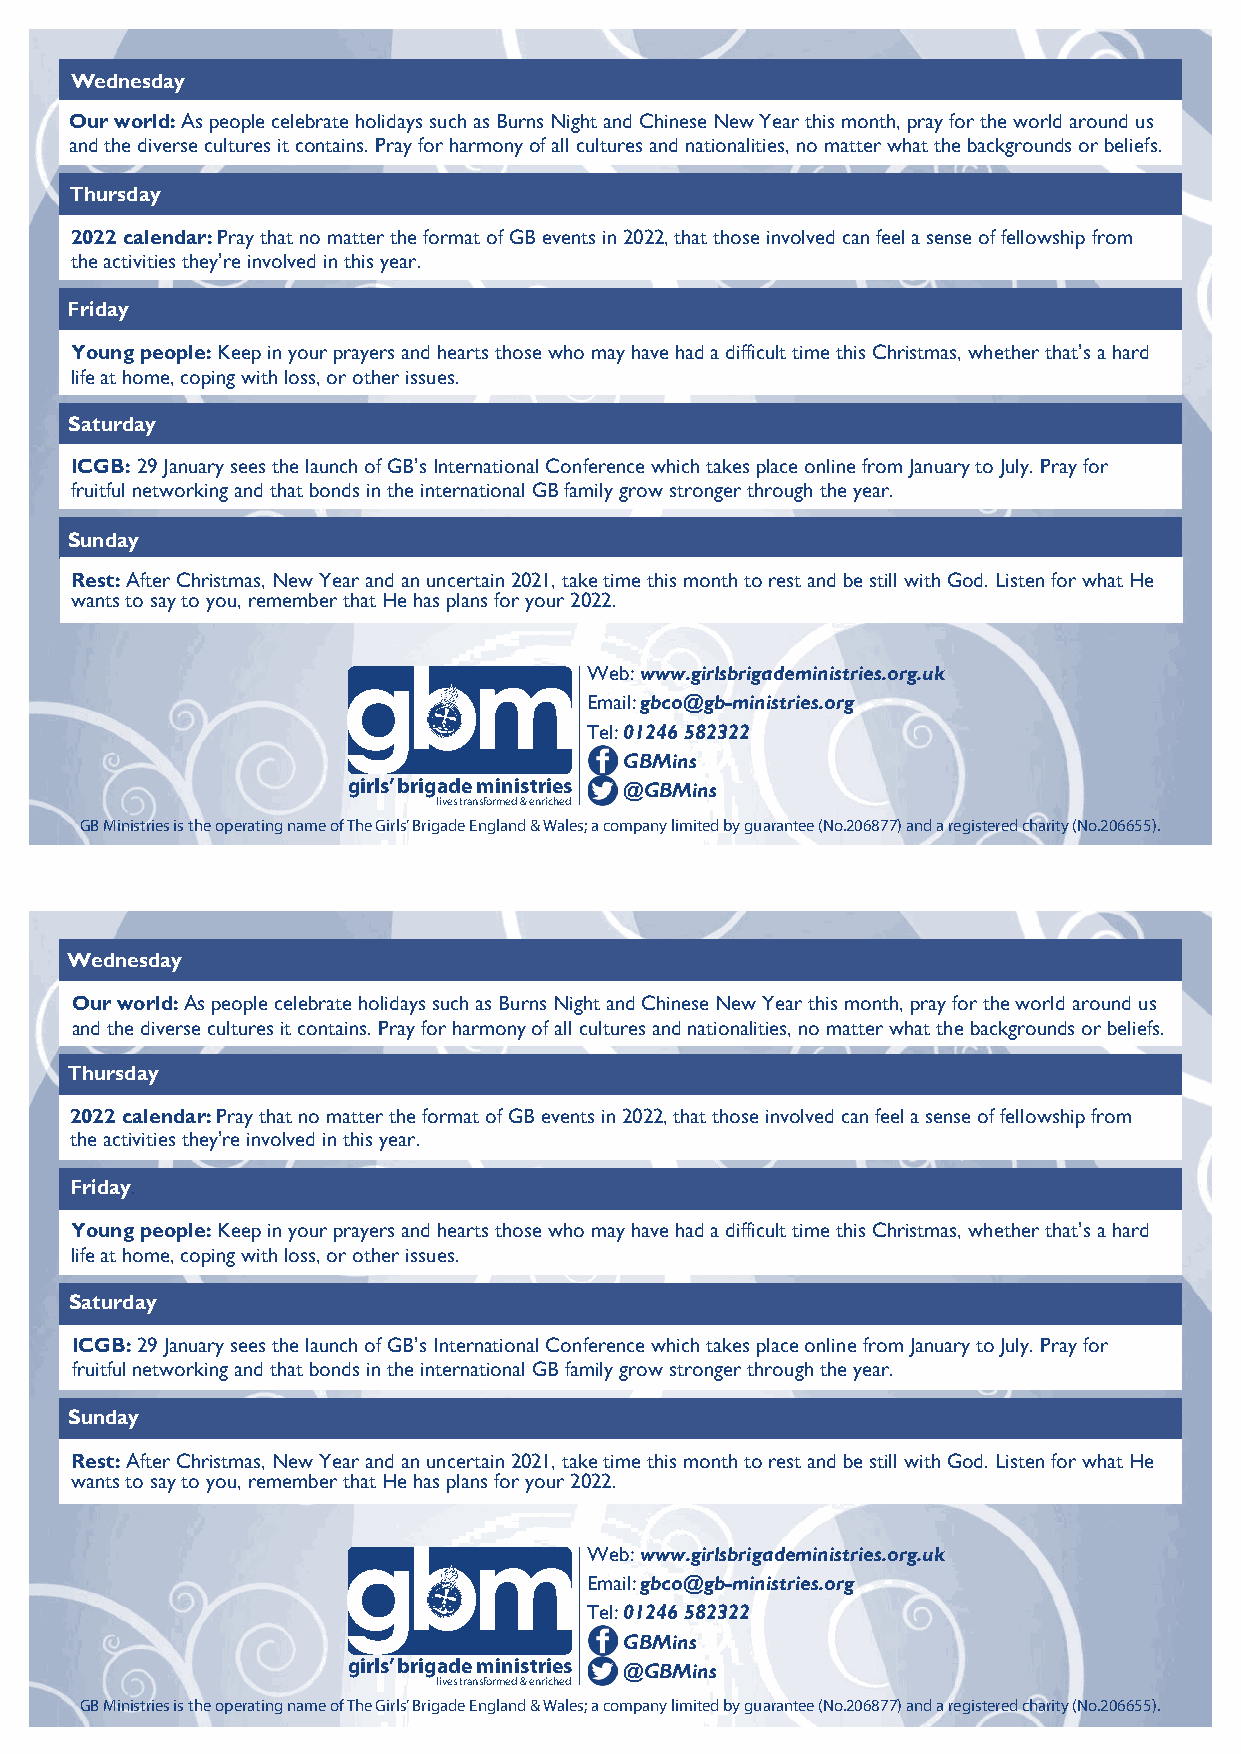
Wednesday
 Our world: As people celebrate holidays such as Burns Night and Chinese New Year this month, pray for the world around us
 and the diverse cultures it contains. Pray for harmony of all cultures and nationalities, no matter what the backgrounds or beliefs.
 Thursday
 2022 calendar: Pray that no matter the format of GB events in 2022, that those involved can feel a sense of fellowship from
 the activities they’re involved in this year.
 Friday
 Young people: Keep in your prayers and hearts those who may have had a difficult time this Christmas, whether that’s a hard
 life at home, coping with loss, or other issues.
 Saturday
 ICGB: 29 January sees the launch of GB’s International Conference which takes place online from January to July. Pray for
 fruitful networking and that bonds in the international GB family grow stronger through the year.
 Sunday
 Rest: After Christmas, New Year and an uncertain 2021, take time this month to rest and be still with God. Listen for what He
 wants to say to you, remember that He has plans for your 2022.
 gbm             Web: www.girlsbrigadeministries.org.uk
 Email: gbco@gb-ministries.org
 Tel: 01246 582322
 GBMins
 girls’ brigade ministries
 @GBMins
 lives transformed & enriched
 GB Ministries is the operating name of The Girls’ Brigade England & Wales; a company limited by guarantee (No.206877) and a registered charity (No.206655).
 Wednesday
 Our world: As people celebrate holidays such as Burns Night and Chinese New Year this month, pray for the world around us
 and the diverse cultures it contains. Pray for harmony of all cultures and nationalities, no matter what the backgrounds or beliefs.
 Thursday
 2022 calendar: Pray that no matter the format of GB events in 2022, that those involved can feel a sense of fellowship from
 the activities they’re involved in this year.
 Friday.
 Young people: Keep in your prayers and hearts those who may have had a difficult time this Christmas, whether that’s a hard
 life at home, coping with loss, or other issues.
 Saturday
 ICGB: 29 January sees the launch of GB’s International Conference which takes place online from January to July. Pray for
 fruitful networking and that bonds in the international GB family grow stronger through the year.
 Sunday
 Rest: After Christmas, New Year and an uncertain 2021, take time this month to rest and be still with God. Listen for what He
 wants to say to you, remember that He has plans for your 2022.
 gbm             Web: www.girlsbrigadeministries.org.uk
 Email: gbco@gb-ministries.org
 Tel: 01246 582322
 GBMins
 girls’ brigade ministries
 @GBMins
 lives transformed & enriched
 GB Ministries is the operating name of The Girls’ Brigade England & Wales; a company limited by guarantee (No.206877) and a registered charity (No.206655).